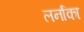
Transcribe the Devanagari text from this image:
लर्नाका